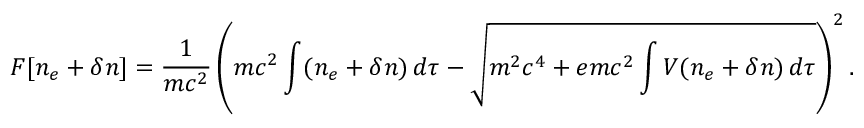
F [ n _ { e } + \delta n ] = { \frac { 1 } { m c ^ { 2 } } } \left( m c ^ { 2 } \int ( n _ { e } + \delta n ) \, d \tau - { \sqrt { m ^ { 2 } c ^ { 4 } + e m c ^ { 2 } \int V ( n _ { e } + \delta n ) \, d \tau } } \right) ^ { 2 } .